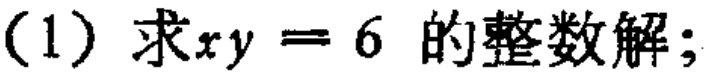
(1) 求\(xy = 6\) 的整数解；